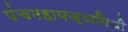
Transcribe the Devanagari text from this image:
पंचमहायज्ञविधी